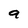
Character: 9